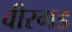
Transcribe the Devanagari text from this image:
वीरगड